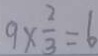
9 \times \frac { 2 } { 3 } = 6